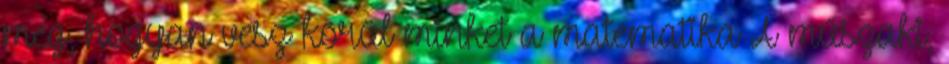
meg, hogyan vesz körül minket a matematika A műszaki,